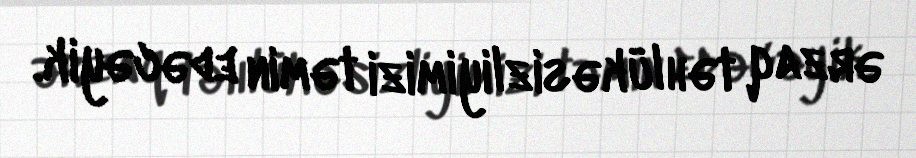
ərzaq təhlükəsizliyimizi təmin edəcəyik.